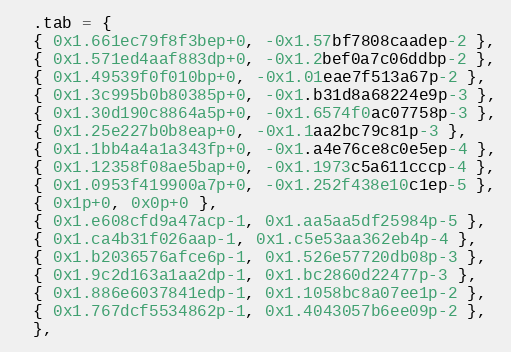
Language: C
  .tab = {
  { 0x1.661ec79f8f3bep+0, -0x1.57bf7808caadep-2 },
  { 0x1.571ed4aaf883dp+0, -0x1.2bef0a7c06ddbp-2 },
  { 0x1.49539f0f010bp+0, -0x1.01eae7f513a67p-2 },
  { 0x1.3c995b0b80385p+0, -0x1.b31d8a68224e9p-3 },
  { 0x1.30d190c8864a5p+0, -0x1.6574f0ac07758p-3 },
  { 0x1.25e227b0b8eap+0, -0x1.1aa2bc79c81p-3 },
  { 0x1.1bb4a4a1a343fp+0, -0x1.a4e76ce8c0e5ep-4 },
  { 0x1.12358f08ae5bap+0, -0x1.1973c5a611cccp-4 },
  { 0x1.0953f419900a7p+0, -0x1.252f438e10c1ep-5 },
  { 0x1p+0, 0x0p+0 },
  { 0x1.e608cfd9a47acp-1, 0x1.aa5aa5df25984p-5 },
  { 0x1.ca4b31f026aap-1, 0x1.c5e53aa362eb4p-4 },
  { 0x1.b2036576afce6p-1, 0x1.526e57720db08p-3 },
  { 0x1.9c2d163a1aa2dp-1, 0x1.bc2860d22477p-3 },
  { 0x1.886e6037841edp-1, 0x1.1058bc8a07ee1p-2 },
  { 0x1.767dcf5534862p-1, 0x1.4043057b6ee09p-2 },
  },